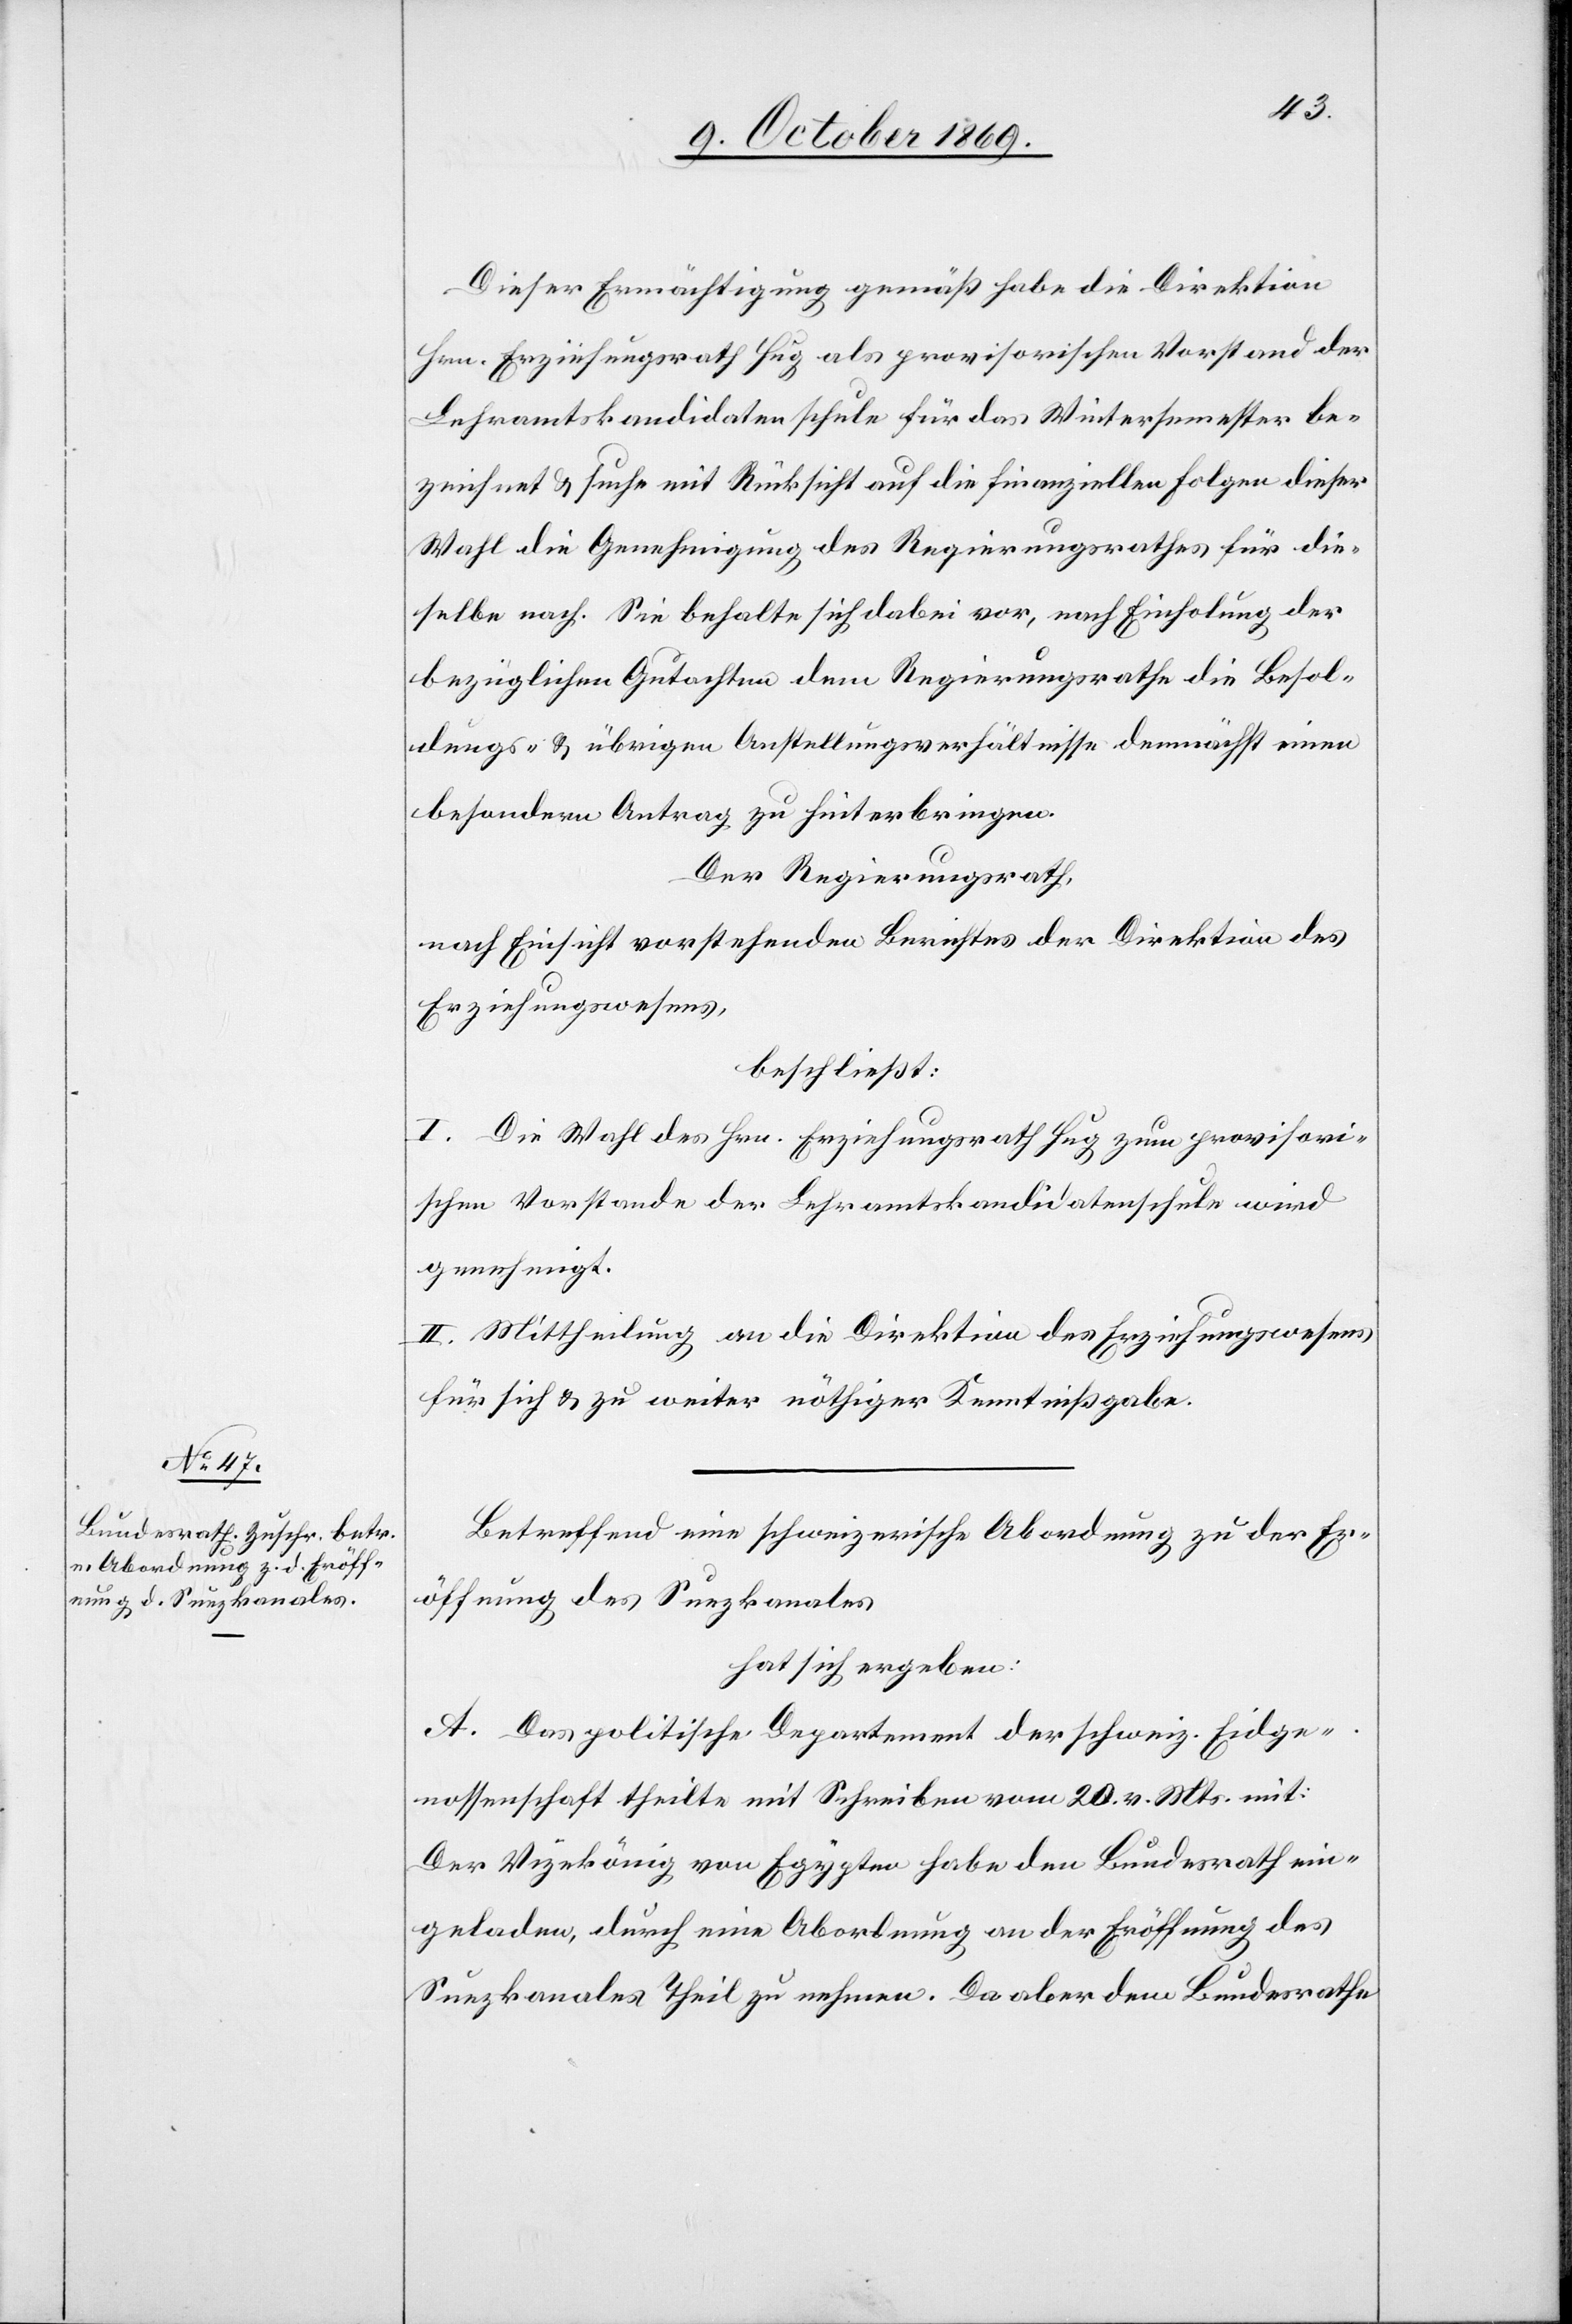
Dieser Ermächtigung gemäß habe die Direktion
Hrn. Erziehungsrath Hug als provisorischen Vorstand der
Lehramtskandidatenschule für das Wintersemester be¬
zeichnet & suche mit Rücksicht auf die finanziellen Folgen dieser
Wahl die Genehmigung des Regierungsrathes für die¬
selbe nach. Sie behalte sich dabei vor, nach Einholung der
bezüglichen Gutachten dem Regierungsrathe [über] die Besol¬
dungs- & übrigen Anstellungsverhältnisse demnächst einen
besondern Antrag zu hinterbringen.
Der Regierungsrath,
nach Einsicht vorstehenden Berichtes der Direktion des
Erziehungswesens,
beschließt:
I. Die Wahl des Hrn. Erziehungsrath Hug zum provisori¬
schen Vorstande der Lehramtskandidatenschule wird
genehmigt.
II. Mittheilung an die Direktion des Erziehungswesens
für sich & zu weiter nöthiger Kenntnißgabe.
Betreffend eine schweizerische Abordnung zu der Er¬
öffnung des Suezkanales
hat sich ergeben:
A. Das politische Departement der schweiz. Eidge¬
nossenschaft theilte mit Schreiben vom 20. v. Mts. mit:
Der Vizekönig von Egypten habe den Bundesrath ein¬
geladen, durch eine Abordnung an der Eröffnung des
Suezkanales Theil zu nehmen. Da aber dem Bundesrathe